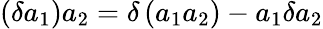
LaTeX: \left(\delta a_{1}\right)a_{2}=\delta\left(a_{1}a_{2}\right)-a_{1}\delta a_{2}